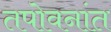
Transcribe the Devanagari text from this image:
तपोवनांत